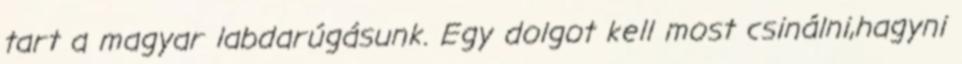
tart a magyar labdarúgásunk. Egy dolgot kell most csinálni,hagyni